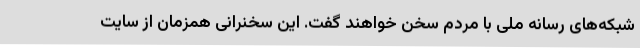
شبکه‌های رسانه ملی با مردم سخن خواهند گفت. این سخنرانی همزمان از سایت